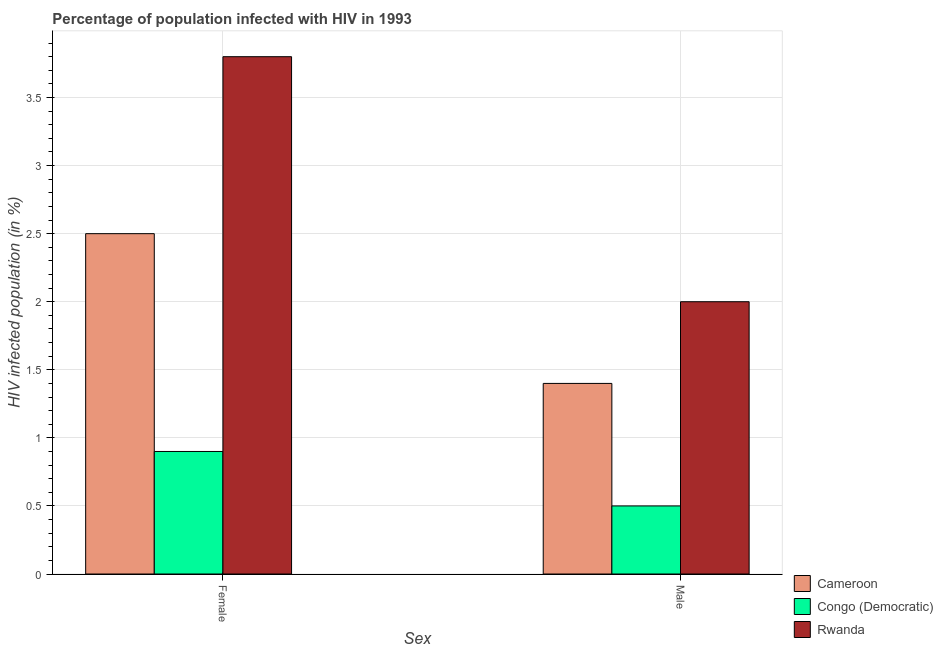
| Sex | Cameroon | Congo (Democratic) | Rwanda |
 | --- | --- | --- | --- |
 | Female | 2.5 | 0.9 | 3.8 |
 | Male | 1.4 | 0.5 | 2 |